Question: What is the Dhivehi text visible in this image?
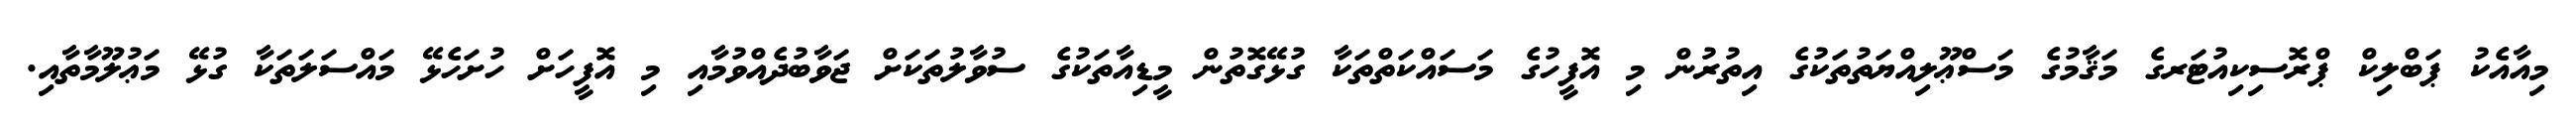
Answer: މިއާއެކު ޕަބްލިކް ޕްރޮސިކިއުޓަރގެ މަޤާމުގެ މަސްޢޫލިއްޔަތުތަކުގެ އިތުރުން މި އޮފީހުގެ މަސައްކަތްތަކާ ގުޅޭގޮތުން މީޑިއާތަކުގެ ސުވާލުތަކަށް ޖަވާބުދެއްވުމާއި މި އޮފީހަށް ހުށަހެޅޭ މައްސަލަތަކާ ގުޅޭ މަޢުލޫމާތާއި.